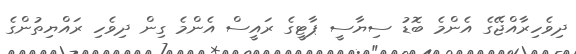
ދިވެހިރާއްޖޭގެ އެންމެ ބޮޑު ސިޔާސީ ޕާޓީގެ ރައީސް އެންމެ ގިން ދިވެހި ރައްޔިތުންގެ